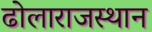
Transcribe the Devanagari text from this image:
ढोलाराजस्थान